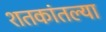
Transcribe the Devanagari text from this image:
शतकांतल्या